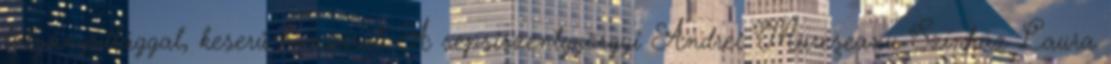
látványvilággal, keserű humorral. A sepsiszentgyörgyi Andrei Mureşeanu Színház Laura